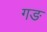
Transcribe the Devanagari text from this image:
गङ